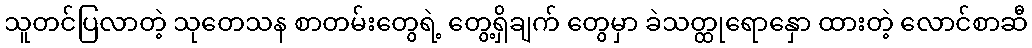
သူတင်ပြလာတဲ့ သုတေသန စာတမ်းတွေရဲ့ တွေ့ရှိချက် တွေမှာ ခဲသတ္ထုရောနှော ထားတဲ့ လောင်စာဆီ